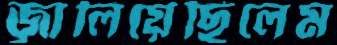
জ্বালিয়েছিলেম